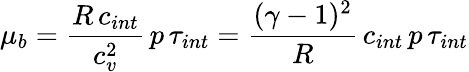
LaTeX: \mu_{b}=\displaystyle\frac{R\, c_{int}}{c_{v}^{2}}\, p\, \tau_{int}=\frac{(\gamma-1)^{2}}{R}\, c_{int}\, p\, \tau_{int}